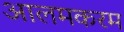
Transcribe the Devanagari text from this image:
आलमकरम